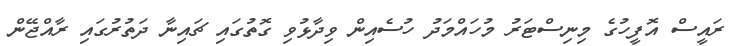
ރައީސް އޮފީހުގެ މިނިސްޓަރު މުހައްމަދު ހުސެއިން ވިދާޅުވި ގޮތުގައި ޗައިނާ ދަތުރުގައި ރާއްޖޭން